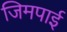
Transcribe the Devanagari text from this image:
जिमपाई